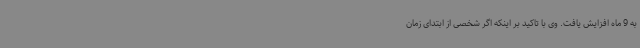
به 9 ماه افزایش یافت. وی با تاکید بر اینکه اگر شخصی از ابتدای زمان